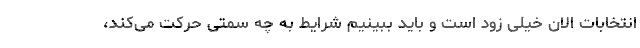
انتخابات الان خیلی زود است و باید ببینیم شرایط به چه سمتی حرکت می‌کند،